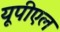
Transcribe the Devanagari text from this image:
यूपीएल